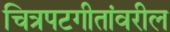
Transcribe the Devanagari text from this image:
चित्रपटगीतांवरील